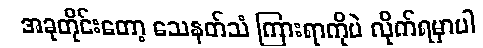
အခုတိုင်းတော့ သေနတ်သံ ကြားရာကိုပဲ လိုက်ရမှာပါ